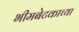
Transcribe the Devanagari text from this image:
भीमबेटकाच्या